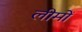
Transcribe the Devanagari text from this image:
लीमों